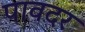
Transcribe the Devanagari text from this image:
पावदर